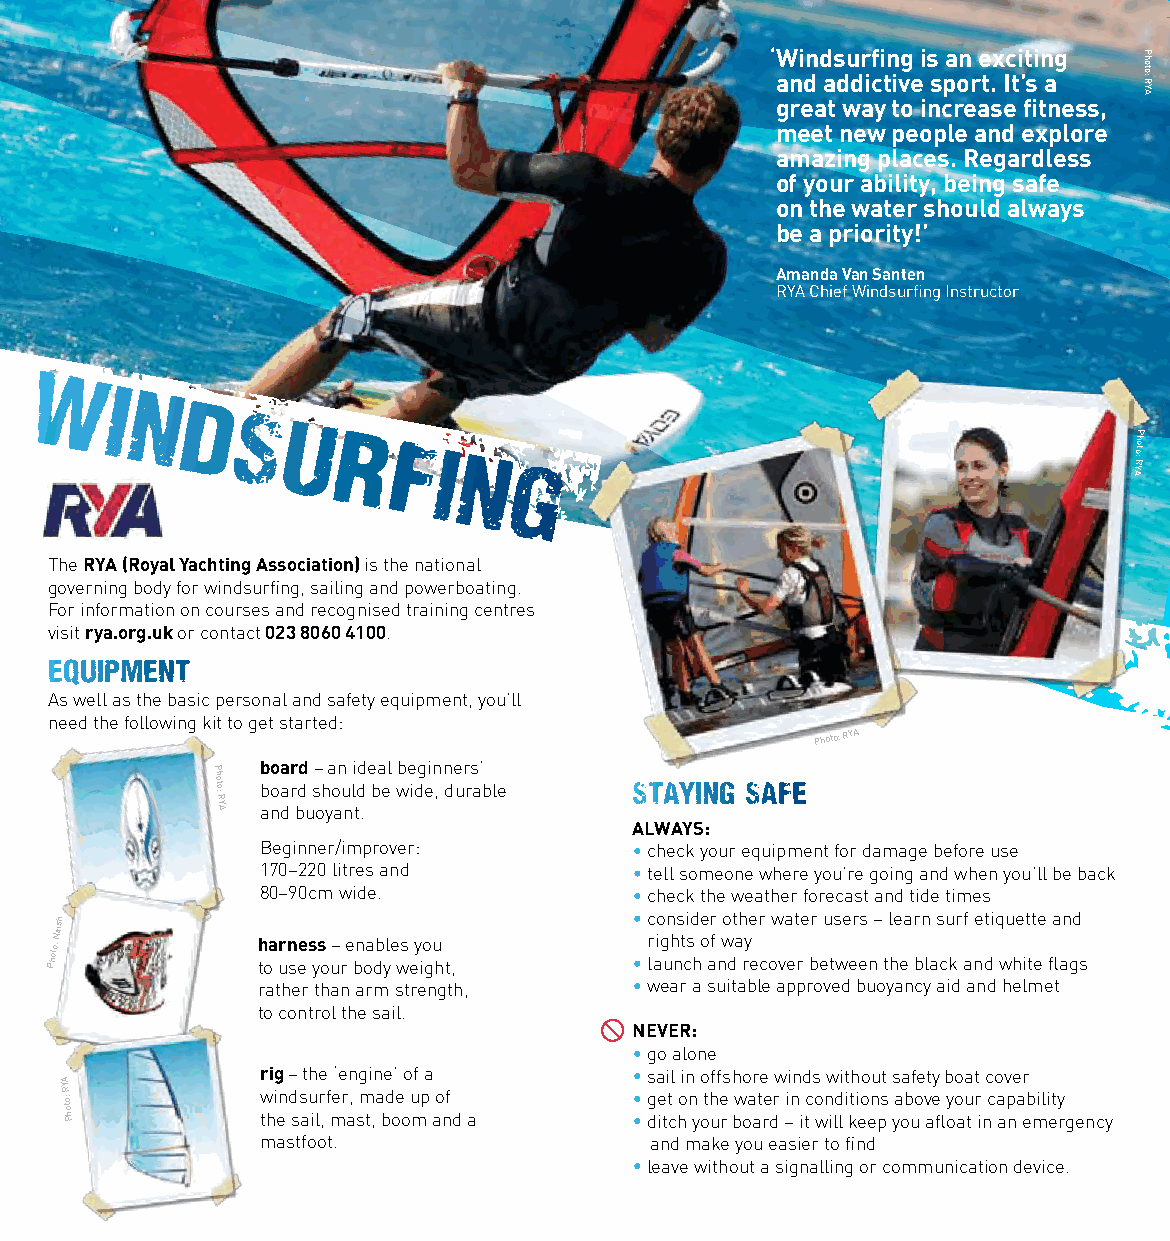
‘ W ani dn d as du dr ifi ctn ivg
 e
 i s
 s
 pa on
 r
 e t.x Ic ti ’t si n ag
 AYR
 :otohP
 great way to increase fitness,
 meet new people and explore
 amazing places. Regardless
 of your ability, being safe
 on the water should always
 be a priority!’
 Amanda van Santen
 RYA Chief Windsurfing Instructor
 WI
 N
 D
 S
 U
 R
 FI
 N
 G
 AYR
 :otohP
 The RYA (Royal Yachting Association) is the national
 governing body for windsurfing, sailing and powerboating.
 For information on courses and recognised training centres
 visit rya.org.uk or contact 023 8060 4100.
 EQUIPMENT
 As well as the basic personal and safety equipment, you’ll
 need the following kit to get started:
 Photo: RYA
 Photo:
 RYA
 b
 b
 anoo
 a
 da
 r
 r bdd
 u
 s−
 oh
 ya
 o
 an
 u
 n
 li tdd
 .
 e ba el wbe idg ein
 ,
 n de ur rs a’
 b le      STAYING SAFE
 ALWAYS:
 Beginner/improver:       • check your equipment for damage before use
 170–220 litres and       • tell someone where you’re going and when you’ll be back
 80–90cm wide.            • check the weather forecast and tide times
 Photo:
 Naish
 h toa r un se es ys
 o
 u– re bn oa db yle ws
 e
 y io gu
 h t,
 •
 •
 c
 r
 laio
 g
 un
 h
 ns
 t
 ci sd
 h
 oe afr
 n
 wo dt
 a
 h rye er
 c
 ow va et re br eu ts we er es
 n
 –
 t
 l he ea r bn
 la
 s cu kr af ne dti q wu he it tt ee fla an gd
 s
 rather than arm strength, • wear a suitable approved buoyancy aid and helmet
 to control the sail.
 NEvER:
 • go alone
 rig – the ‘engine’ of a  • sail in offshore winds without safety boat cover
 AYR
 :otohP       w thi en d ss au ilr
 ,
 f mer a, sm t,a bd oe
 o
 u mp ao nf
 d a
 •
 •
 g de itt
 c
 ho n
 y
 oth ue
 r
 bw oa at re dr −in
 i
 tc o wn ild
 l
 i kti eo en ps ya ob uo v ae
 fl
 oyo au
 t
 r
 in
 c a ap na eb mili ety
 rgency
 mastfoot.                 and make you easier to find
 • leave without a signalling or communication device.